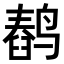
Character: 𬸥